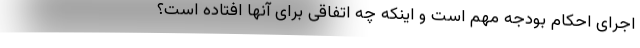
اجرای احکام بودجه مهم است و اینکه چه اتفاقی برای آنها افتاده است؟